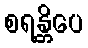
စရန္တိပေ